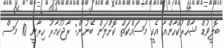
ބޮލީވުޑް ޝާހްރުކްހާންއާ އެކީ މަސައްކަތް ކޮށްލަން ބޭނުން: ރާޖުކުމާރު ހިރާނީ 10 މަސް